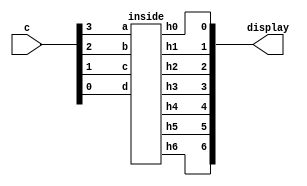


module hex_decoder(c, display);
	input [3:0] c;
	output [6:0] display;
	inside u0(
		.a (c[3]),
		.b (c[2]),
		.c (c[1]),
		.d (c[0]),
		.h0 (display[0]),
		.h1 (display[1]),
		.h2 (display[2]),
		.h3 (display[3]),
		.h4 (display[4]),
		.h5 (display[5]),
		.h6 (display[6])
		);
	
endmodule
	
	
module inside(a, b, c, d, h0, h1, h2, h3, h4, h5, h6);
	input a, b, c, d;
	output h0, h1, h2, h3, h4, h5, h6;
	
	in0 u0(
		.a (a),
		.b (b),
		.c (c),
		.d (d),	
		.h0 (h0)
		);
		
	in1 u1(
		.a (a),
		.b (b),
		.c (c),
		.d (d),	
		.h1 (h1)
		);

	in2 u2(
		.a (a),
		.b (b),
		.c (c),
		.d (d),	
		.h2 (h2)
		);
		
	in3 u3(
		.a (a),
		.b (b),
		.c (c),
		.d (d),	
		.h3 (h3)
		);
		
	in4 u4(
		.a (a),
		.b (b),
		.c (c),
		.d (d),	
		.h4 (h4)
		);
		
	in5 u5(
		.a (a),
		.b (b),
		.c (c),
		.d (d),	
		.h5 (h5)
		);
		
	in6 u6(
		.a (a),
		.b (b),
		.c (c),
		.d (d),	
		.h6 (h6)
		);

endmodule
	
	
module in0(a, b, c, d, h0);
	input a, b, c, d;
	output h0;
	
	assign h0 = ~(b&c | ~b&~d | ~a&b&d | a&~d | ~a&c | a&~b&~c);

	
endmodule
	
module in1(a, b, c, d, h1);
	input a, b, c, d;
	output h1;
	
	assign h1 = ~(~a&c&d | ~a&~c&~d | ~b&~c | a&~c&d | ~b&~d);

	
endmodule

module in2(a, b, c, d, h2);
	input a, b, c, d;
	output h2;
	
	assign h2 = ~(~c&d | ~a&b | ~a&~c | ~a&d | a&~b);
	

endmodule
	

module in3(a, b, c, d, h3);
	input a, b, c, d;
	output h3;
	
	assign h3 = ~(b&c&~d | ~a&~b&~d | b&~c&d | ~b&c&d | a&~c);
	

endmodule
	
	
module in4(a, b, c, d, h4);
	input a, b, c, d;
	output h4;
	
	
	assign h4 = ~(c&~d | a&c| ~d&~b | a&b);
	

endmodule
	
	
module in5(a, b, c, d, h5);
	input a, b, c, d;
	output h5;
	
	assign h5 = ~(a&~b | ~a&b&~c | ~c&~d | b&~d | a&c);
	

endmodule
	
	
module in6(a, b, c, d, h6);
	input a, b, c, d;
	output h6;
	
	assign h6 = ~(~b&c | a&~b | ~a&b&~c | c&~d | a&d);
	

endmodule